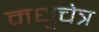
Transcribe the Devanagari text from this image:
मधुचेत्र